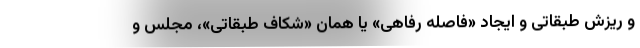
و ریزش طبقاتی و ایجاد «فاصله رفاهی» یا همان «شکاف طبقاتی»، مجلس و